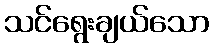
သင်ရွေးချယ်သော